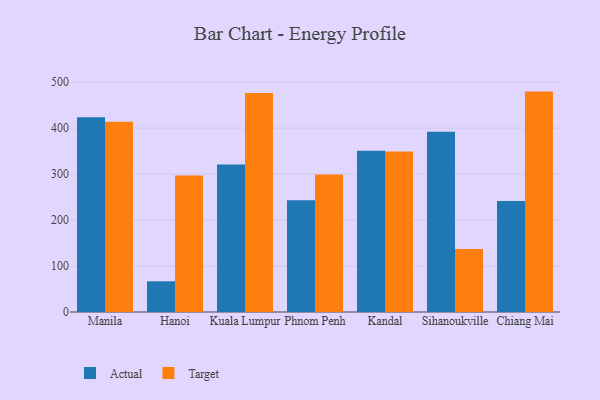
{"axis": {"x": "City", "y": "Waste Production (Tons)"}, "legend": ["Actual", "Target"], "data": [{"x": "Manila", "y": 423.9, "type": "Actual"}, {"x": "Manila", "y": 413.9, "type": "Target"}, {"x": "Hanoi", "y": 66.8, "type": "Actual"}, {"x": "Hanoi", "y": 297.3, "type": "Target"}, {"x": "Kuala Lumpur", "y": 320.7, "type": "Actual"}, {"x": "Kuala Lumpur", "y": 476.7, "type": "Target"}, {"x": "Phnom Penh", "y": 243.3, "type": "Actual"}, {"x": "Phnom Penh", "y": 299.4, "type": "Target"}, {"x": "Kandal", "y": 350.7, "type": "Actual"}, {"x": "Kandal", "y": 349.2, "type": "Target"}, {"x": "Sihanoukville", "y": 392.4, "type": "Actual"}, {"x": "Sihanoukville", "y": 137.0, "type": "Target"}, {"x": "Chiang Mai", "y": 241.8, "type": "Actual"}, {"x": "Chiang Mai", "y": 479.6, "type": "Target"}]}